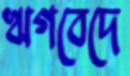
ঋগবেদে